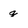
Character: g